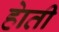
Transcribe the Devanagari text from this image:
हेाती